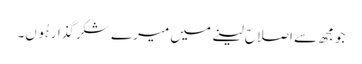
جو مجھ سے اصلاح لینے میں میرے شکرگذار ہُوں۔